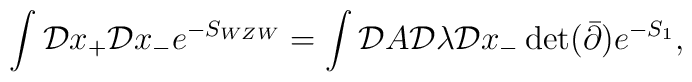
\int{\cal D}x_+{\cal D}x_- e^{-S_{WZW}} = \int {\cal D}A{\cal D}\lambda{\cal D}x_- \det(\bar{\partial})e^{-S_1},